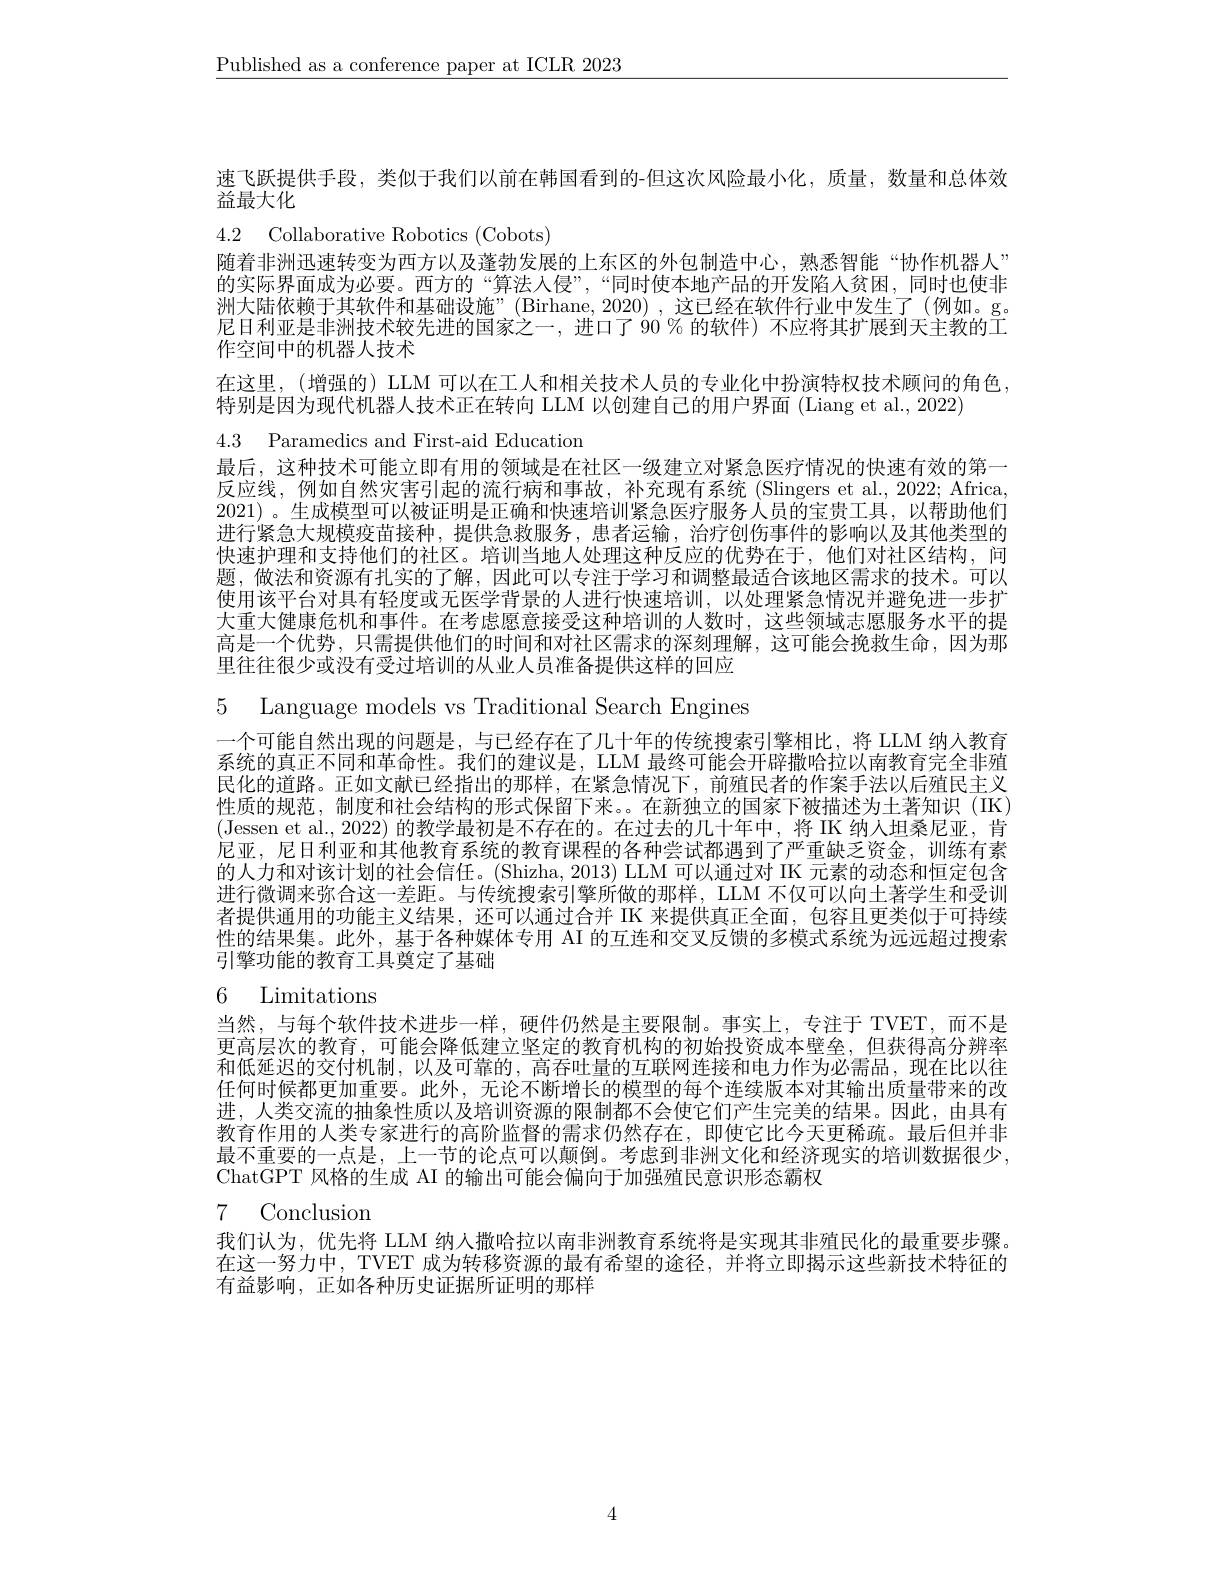
$\underline{\text{Published as a conference paper at ICLR 2023}}$

速飞跃提供手段，类似于我们以前在韩国看到的-但这次风险最小化，质量，数量和总体效
益最大化
4.2 Collaborative Robotics (Cobots)

随着非洲迅速转变为西方以及蓬勃发展的上东区的外包制造中心，熟悉智能“协作机器人” 的实际界面成为必要。西方的“算法人侵”,“同时使本地产品的开发陷人贫困，同时也使非洲大陆依赖于其软件和基础设施”(Birhane, 2020) ,这已经在软件行业中发生了(例如。g。尼日利亚是非洲技术较先进的国家之一 ,进口了 90 % 的软件) 不应将其扩展到天主教的工作空间中的机器人技术
在这里，(增强的) LLM 可以在工人和相关技术人员的专业化中扮演特权技术顾问的角色，
特别是因为现代机器人技术正在转向 LLM 以创建自己的用户界面 (Liang et al., 2022)

4.3 Paramedics and First-aid Education
最后，这种技术可能立即有用的领域是在社区一级建立对紧急医疗情况的快速有效的第一

反应线，例如自然灾害引起的流行病和事故，补充现有系统(Slingers et al.,2022; Africa, 2021)。生成模型可以被证明是正确和快速培训紧急医疗服务人员的宝贵工具，以帮助他们进行紧急大规模疫苗接种，提供急救服务，患者运输，治疗创伤事件的影响以及其他类型的快速护理和支持他们的社区。培训当地人处理这种反应的优势在于，他们对社区结构，问题，做法和资源有扎实的了解，因此可以专注于学习和调整最适合该地区需求的技术。可以使用该平台对具有轻度或无医学背景的人进行快速培训，以处理紧急情况并避免进一步扩大重大健康危机和事件。在考虑愿意接受这种培训的人数时，这些领域志愿服务水平的提高是一个优势，只需提供他们的时间和对社区需求的深刻理解，这可能会挽救生命，因为那里往往很少或没有受过培训的从业人员准备提供这样的回应

5 Language models vs Traditional Search Engines

一个可能自然出现的问题是，与已经存在了几十年的传统搜索引擎相比，将 LLM 纳人教育系统的真正不同和革命性。我们的建议是，LLM 最终可能会开辟撒哈拉以南教育完全非殖民化的道路。正如文献已经指出的那样，在紧急情况下，前殖民者的作案手法以后殖民主义性质的规范，制度和社会结构的形式保留下来。在新独立的国家下被描述为土著知识(IK) (Jessen et al., 2022) 的教学最初是不存在的。在过去的几十年中，将 IK 纳人坦桑尼亚，肯尼亚，尼日利亚和其他教育系统的教育课程的各种尝试都遇到了严重缺乏资金，训练有素的人力和对该计划的社会信任。(Shizha, 2013) LLM 可以通过对 IK 元素的动态和恒定包含进行微调来弥合这一差距。与传统搜索引擎所做的那样，LLM 不仅可以向土著学生和受训者提供通用的功能主义结果，还可以通过合并 IK 来提供真正全面，包容且更类似于可持续性的结果集。此外，基于各种媒体专用 AI 的互连和交叉反馈的多模式系统为远远超过搜索引擎功能的教育工具奠定了基础

# 6 Limitations

当然，与每个软件技术进步一样，硬件仍然是主要限制。事实上，专注于 TVET,而不是更高层次的教育，可能会降低建立坚定的教育机构的初始投资成本壁垒，但获得高分辨率和低延迟的交付机制，以及可靠的，高吞吐量的互联网连接和电力作为必需品，现在比以往任何时候都更加重要。此外，无论不断增长的模型的每个连续版本对其输出质量带来的改进，人类交流的抽象性质以及培训资源的限制都不会使它们产生完美的结果。因此，由具有教育作用的人类专家进行的高阶监督的需求仍然存在，即使它比今天更稀疏。最后但并非最不重要的一点是，上一节的论点可以颠倒。考虑到非洲文化和经济现实的培训数据很少， ChatGPT 风格的生成 AI 的输出可能会偏向于加强殖民意识形态霸权

# 7 Conclusion

我们认为，优先将 LLM 纳人撒哈拉以南非洲教育系统将是实现其非殖民化的最重要步骤。在这一努力中，TVET 成为转移资源的最有希望的途径，并将立即揭示这些新技术特征的有益影响，正如各种历史证据所证明的那样